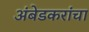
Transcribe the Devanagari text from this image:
अंबेडकरांचा